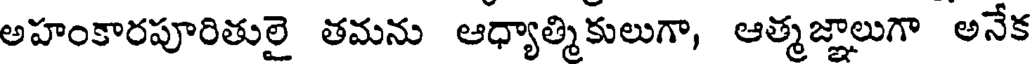
అహంకారపూరితులై తమను ఆధ్యాత్మికులుగా, ఆత్మజ్ఞాలుగా అనేక